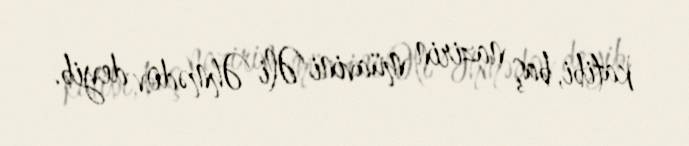
katibi, baş nazirin müavini Əli Əhmədov deyib.